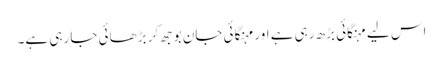
اس لیے مہنگائی بڑھ رہی ہے اور مہنگائی جان بوجھ کر بڑھائی جا رہی ہے۔